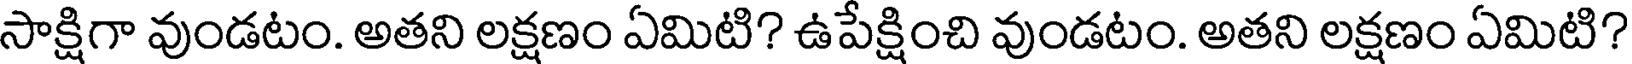
సాక్షిగా వుండటం. అతని లక్షణం ఏమిటి? ఉపేక్షించి వుండటం. అతని లక్షణం ఏమిటి?